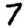
Digit: 7